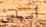
أسبابي